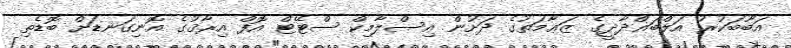
އަބޫބަކުރު އަލްބަޣްދާދީގެ ޒަޢާމަތުގެ ދަށުން އިސްލާމިކް ސްޓޭޓް އޮފް އިރާޤުގެ އޮނިގަނޑަށް ބޮޑެތި